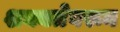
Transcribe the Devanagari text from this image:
शक्यतेवरून